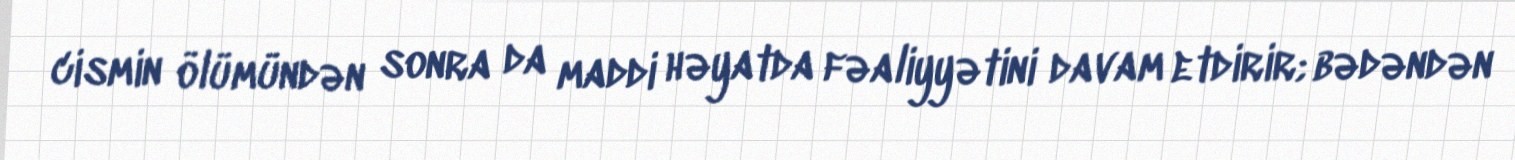
cismin ölümündən sonra da maddi həyatda fəaliyyətini davam etdirir; bədəndən